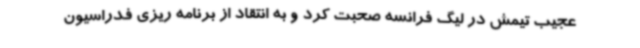
عجیب تیمش در لیگ فرانسه صحبت کرد و به انتقاد از برنامه ریزی فدراسیون